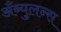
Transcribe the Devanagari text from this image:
अँब्युलन्स